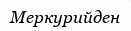
Меркурийден